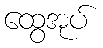
ထွေအုပ်